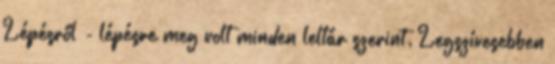
Lépésről - lépésre meg volt minden leltár szerint. Legszívesebben